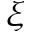
\xi